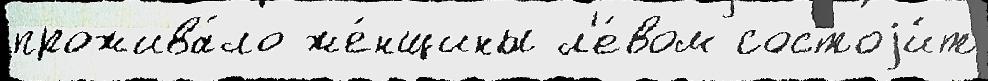
прожива́ло же́нщины л'е́вом состоjи́т